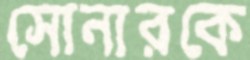
সোনারকে